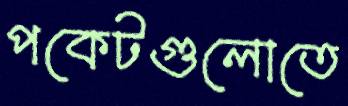
পকেটগুলোতে